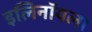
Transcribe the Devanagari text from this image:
इलिनॉयला